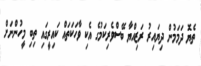
ތެޔޮ ދަމަމުން ދިޔައިރު ރަޒިއްޔާ ބޭސްވެރިކަމުގެ އެކި ވާހަކަތައް ކައިރީގައި ތިބި މީހުންނަށް